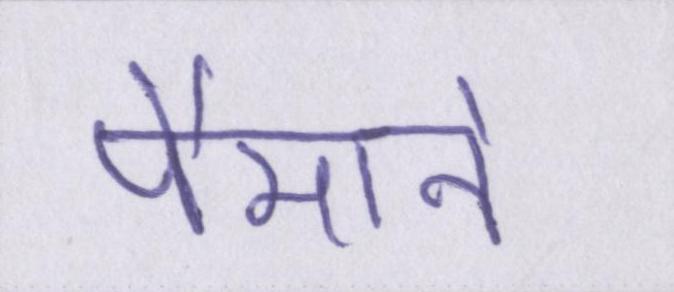
पैमाने